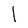
Character: l